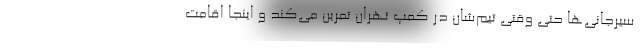
سیرجانی‌ها حتی وقتی تیم‌شان در کمپ تهران تمرین می‌کند و اینجا اقامت